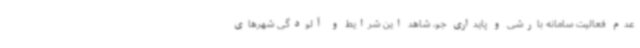
عدم فعالیت سامانه بارشی و پایداری جو، شاهد این شرایط و آلودگی شهرهای